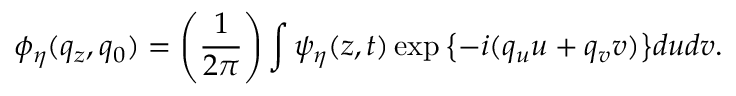
\phi _ { \eta } ( q _ { z } , q _ { 0 } ) = \left( { \frac { 1 } { 2 \pi } } \right) \int \psi _ { \eta } ( z , t ) \exp { \left\{ - i ( q _ { u } u + q _ { v } v ) \right\} } d u d v .